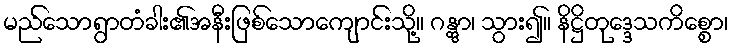
မည်သောရွာတံခါး၏အနီးဖြစ်သောကျောင်းသို့။ ဂန္တွာ၊ သွား၍။ နိဋ္ဌိတုဒ္ဒေသကိစ္စော၊